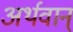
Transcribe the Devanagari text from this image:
अर्थवान्‌